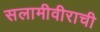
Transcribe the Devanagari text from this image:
सलामीवीराची